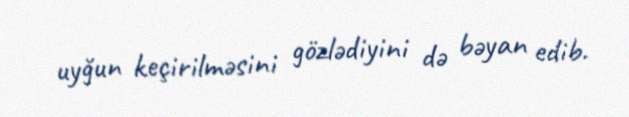
uyğun keçirilməsini gözlədiyini də bəyan edib.